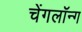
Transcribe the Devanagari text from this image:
चेंगलॉन्ग